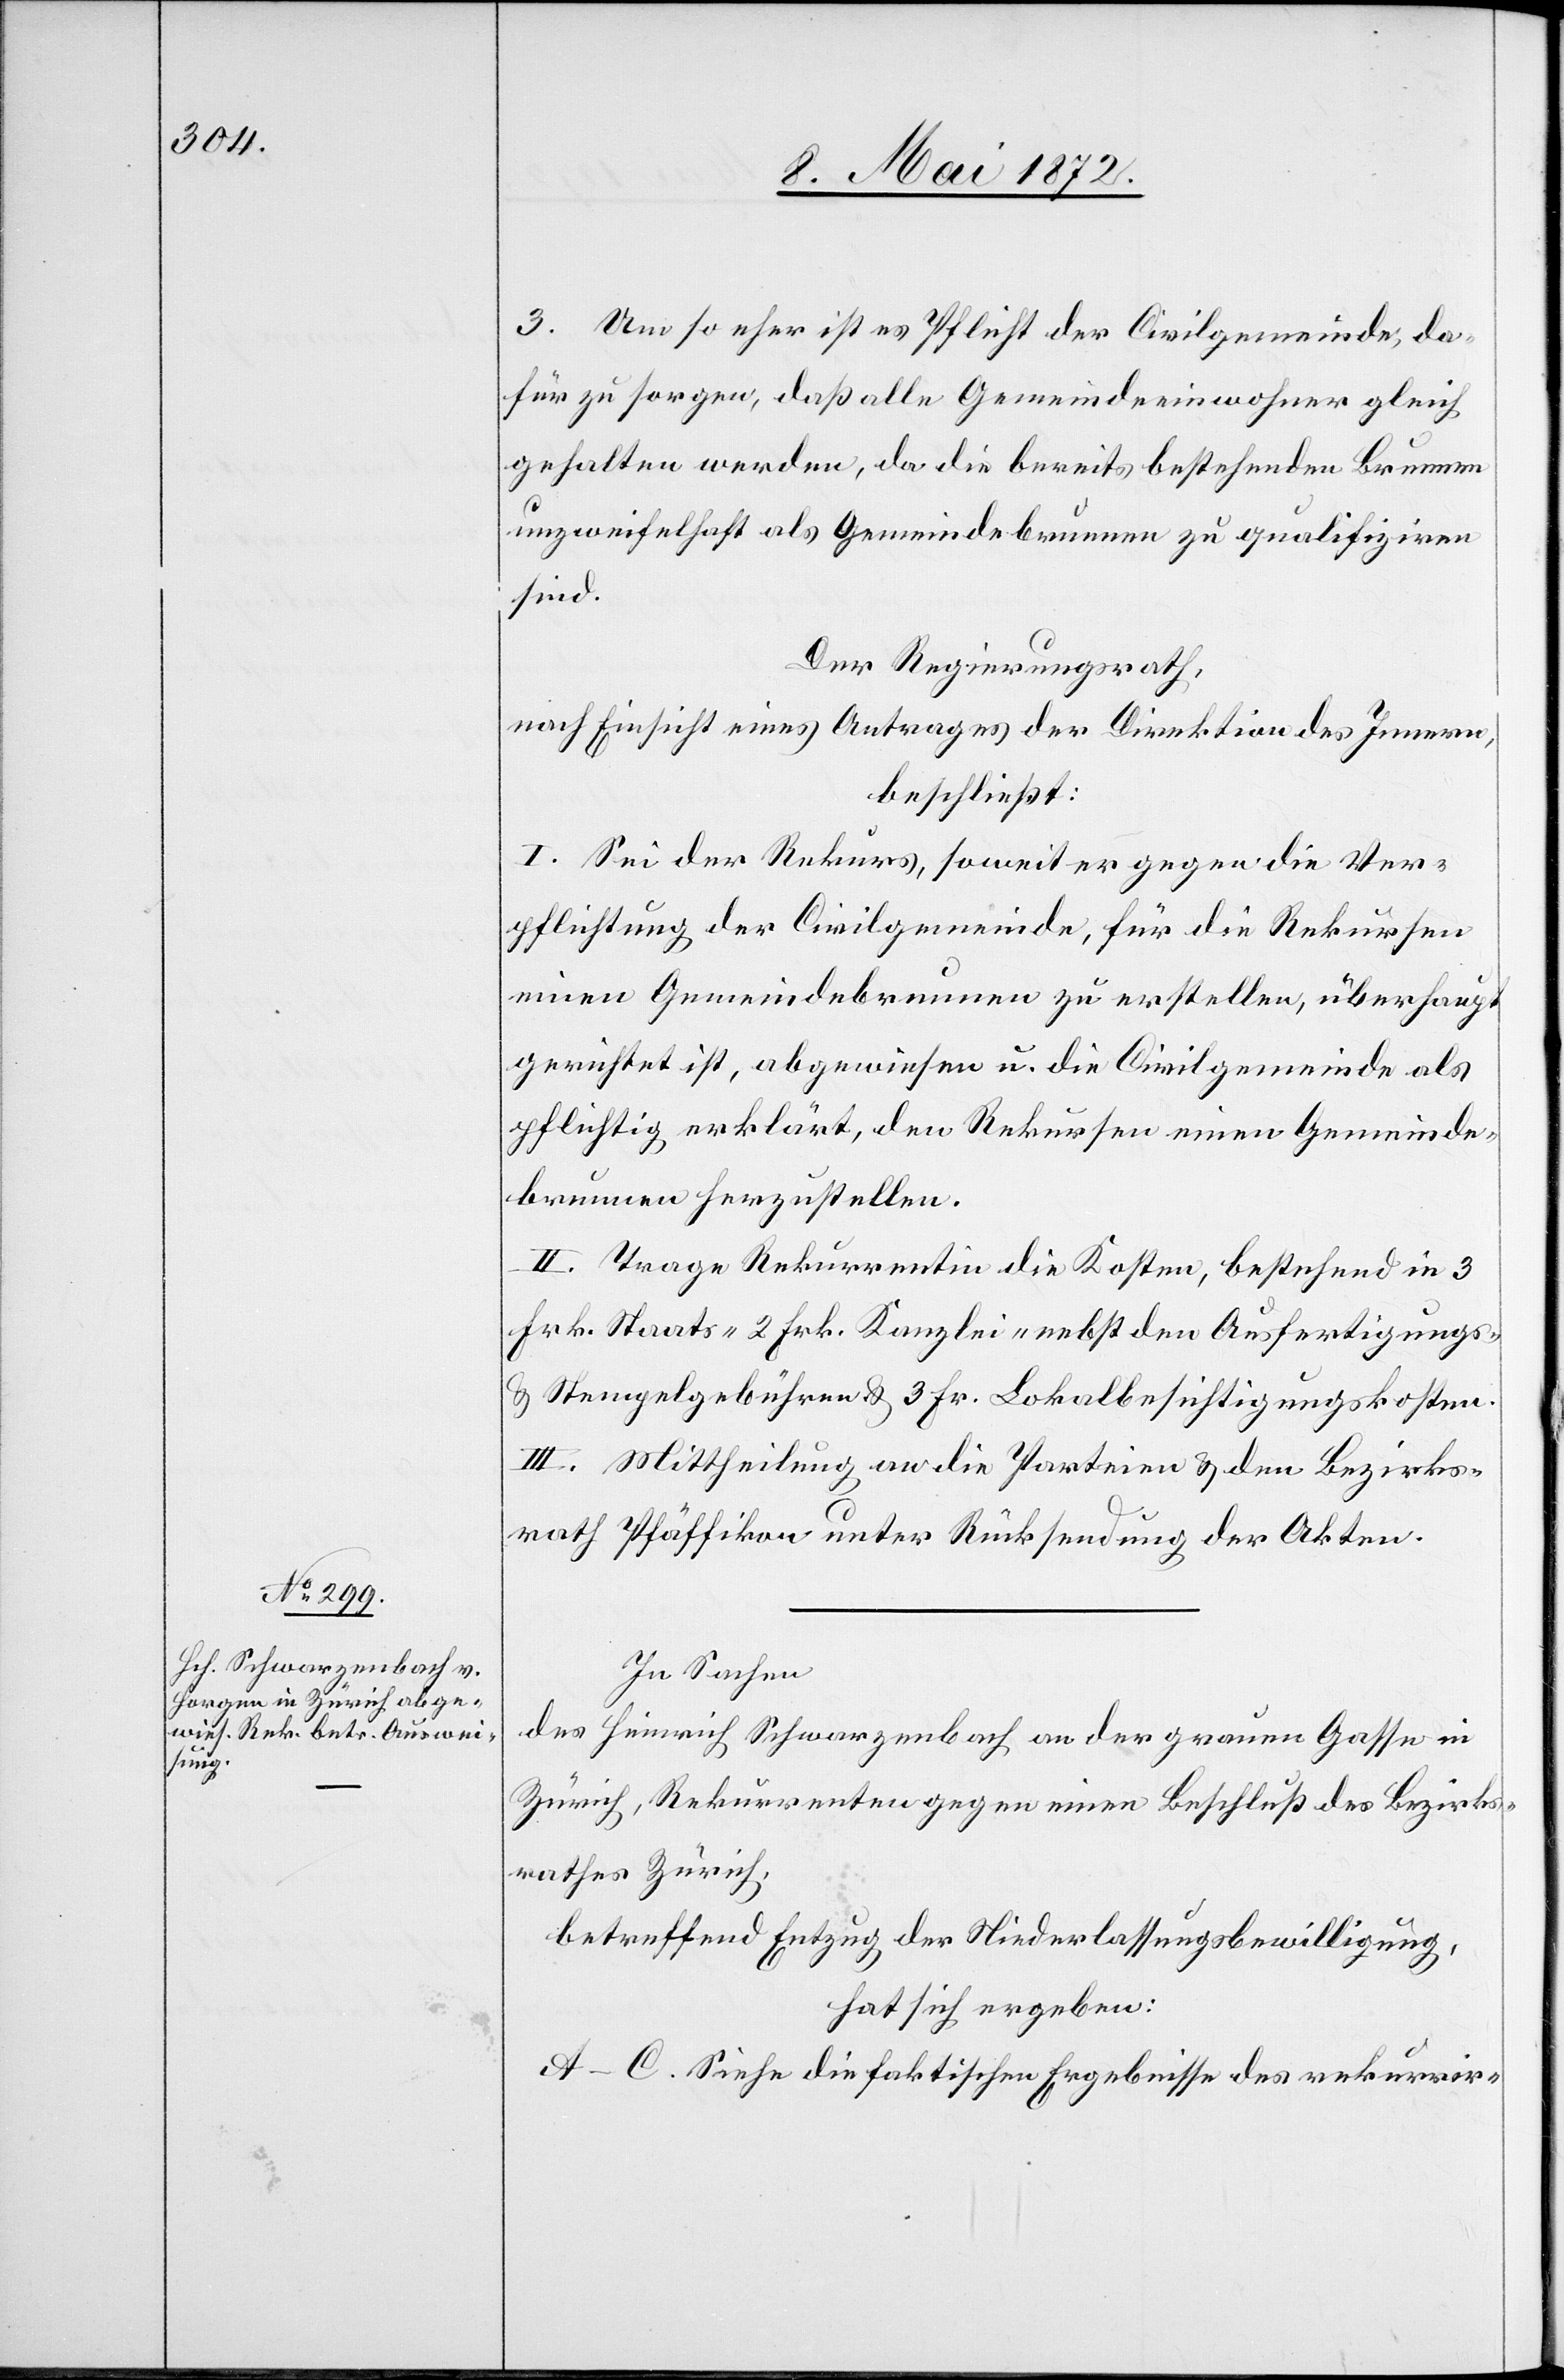
3. Um so eher ist es Pflicht der Civilgemeinde, da¬
für zu sorgen, daß alle Gemeindeeinwohner gleich
gehalten werden, da die bereits bestehenden Brunnen
unzweifelhaft als Gemeindebrunnen zu qualifiziren
sind.
Der Regierungsrath,
nach Einsicht eines Antrages der Direktion des Innern,
beschließt:
I. Sei der Rekurs, soweit er gegen die Ver¬
pflichtung der Civilgemeinde, für die Rekursen
einen Gemeindebrunnen zu erstellen, überhaupt
gerichtet ist, abgewiesen u. die Civilgemeinde als
pflichtig erklärt, den Rekursen einen Gemeinde¬
brunnen herzustellen.
II. Trage Rekurrentin die Kosten, bestehend in 3
Frk. Staats-[,] 2 Frk. Kanzlei-[,] nebst den Ausfertigungs-
u. Stempelgebühren u. 3 Fr. Lokalbesichtigungskosten.
III. Mittheilung an die Parteien u. den Bezirks¬
rath Pfäffikon unter Rücksendung der Akten.
In Sachen
des Heinrich Schwarzenbach an der grauen Gasse in
Zürich, Rekurrenten gegen einen Beschluß des Bezirks¬
rathes Zürich,
betreffend Entzug der Niederlassungsbewilligung,
hat sich ergeben:
A.–C. Siehe die faktischen Ergebnisse des rekurrir-